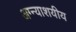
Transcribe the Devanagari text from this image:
अग्न्याशयीय